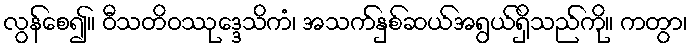
လွန်စေ၍။ ဝီသတိဝဿုဒ္ဒေသိကံ၊ အသက်နှစ်ဆယ်အရွယ်ရှိသည်ကို။ ကတွာ၊